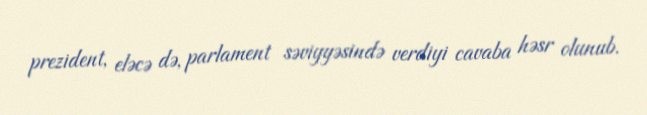
prezident, eləcə də, parlament səviyyəsində verdiyi cavaba həsr olunub.